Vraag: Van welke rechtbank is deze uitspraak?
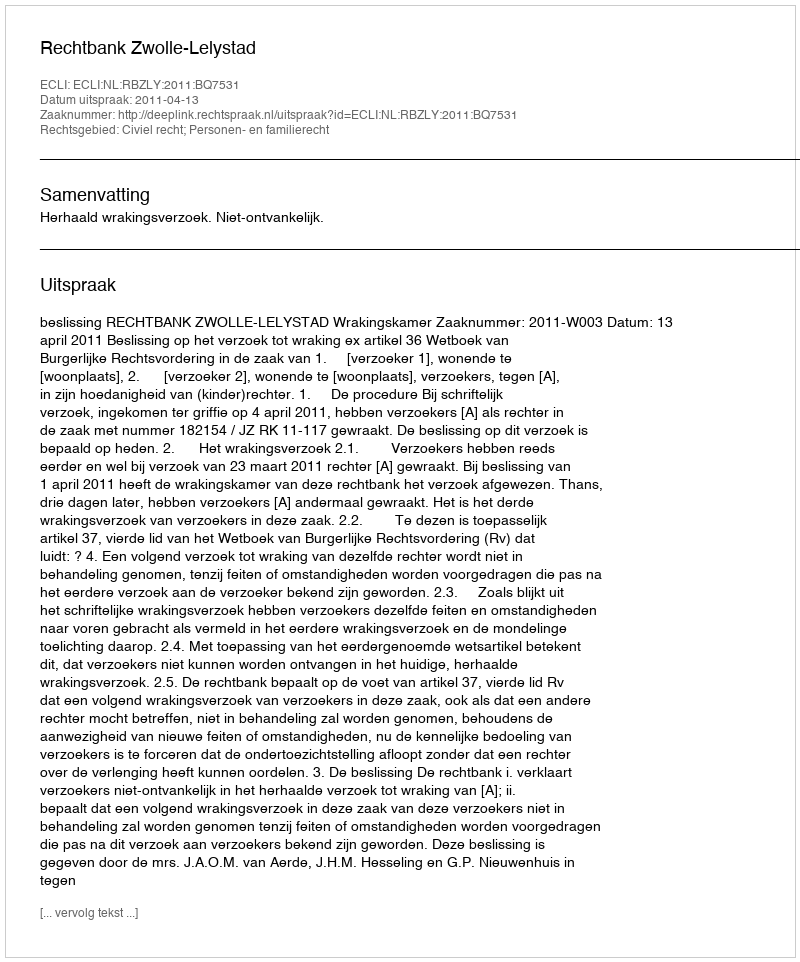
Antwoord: Rechtbank Zwolle-Lelystad